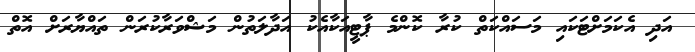
އަދި އެކަމަށްޓަކައި މަސައްކަތް ކުރާ ކޮންމެ ޕާޓީއަކާއެކު އަދާލަތުން މަޝްވަރާކުރަން ތައްޔާރަށް އޮތް